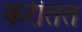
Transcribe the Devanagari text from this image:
करीतत